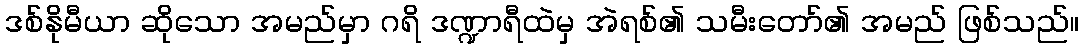
ဒစ်နိုမီယာ ဆိုသော အမည်မှာ ဂရိ ဒဏ္ဍာရီထဲမှ အဲရစ်၏ သမီးတော်၏ အမည် ဖြစ်သည်။